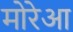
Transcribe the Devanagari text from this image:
मोरेआ